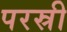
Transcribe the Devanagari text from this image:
परस्री